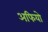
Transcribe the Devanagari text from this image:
अफियो